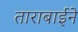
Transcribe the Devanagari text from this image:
ताराबाईने